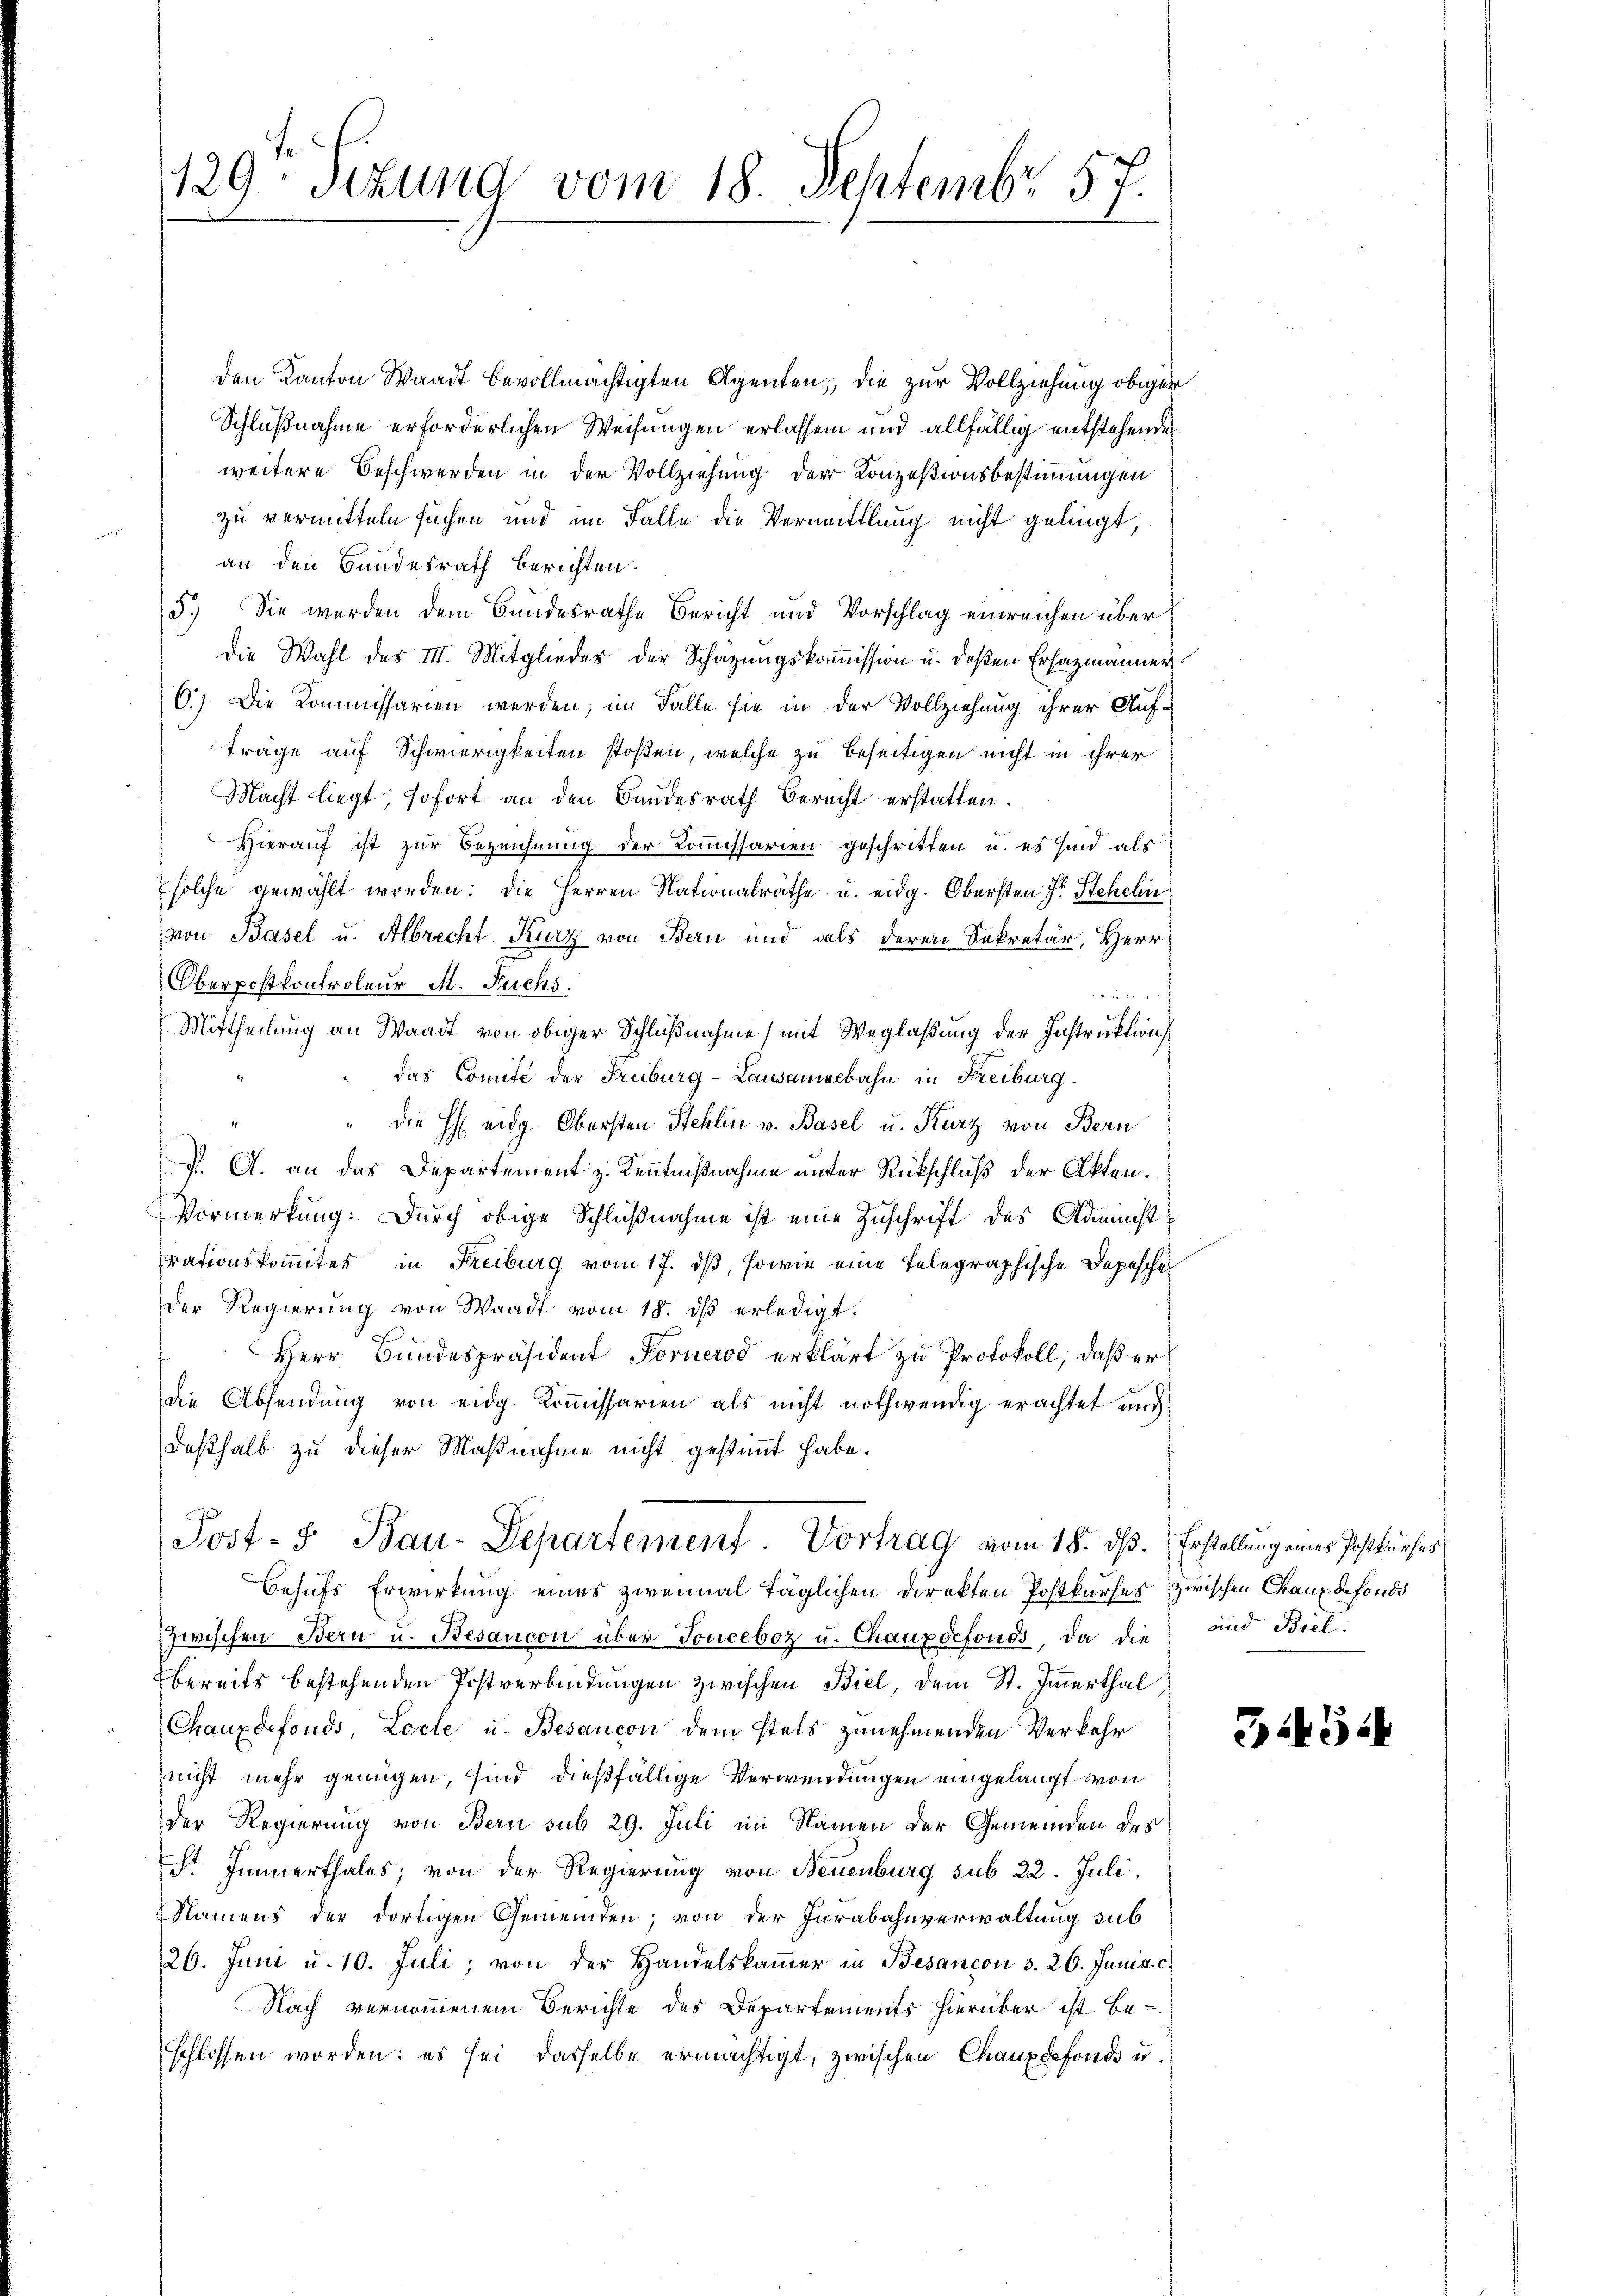
129. Sekund vom 18. Septembr. 57.

den Kanton Waadt bevollmächtigten Agenten, die zur Vollziehung obiger
Schlußnahme erforderlichen Weisungen erlassen und allfällig entstehenden
weitere Beschwerden in der Vollziehung der Konzesionsbestimmungen
zu vermitteln suchen und im Falle die Vermittlung nicht gelingt,
an den Bundesrath berichten.
5.) Sie werden dem Bundesrathe Bericht und Vorschlag einreichen über
Die Wahl des III. Mitgliedes der Schazungskommission u. deßen Erhazmänner
6.) Die Kommissarien werden, im Falle sie in der Vollziehung ihrer Aufträge auf Schwierigkeiten stoßen, welche zu beseitigen nicht in ihrer
Macht liegt, sofort an den Bundesrath Berecht erstatten.
Hierauf ist zur Bezeichnung der Kommissarien geschritten u. es sind als
solche gewählt worden: die Herren Nationalräthe u. eidg. Obersten J. Stehelin
von Basel u. Albrecht Kurz von Bern und als deren Sekretär, Herr
Oberpostkontroleur M. Fuchs.

Mittheilung an Waadt von obiger Schlußnahme (mit Weglaßung der Instruktion
das Comite der Truburg-Lausaneebahn in Freiburg.
die HE eidg. Obersten Stehlin v. Basel u. Kurz von Bern
J. A. an das Departement z. Kenntnißnahme unter Rückschluß der Akten.
Vormerkung. Durch obige Schlußnahme ist eine Zuschrift des Administ
rationskomites in Freiburg vom 17. ds, sowie eine telegraphische Depesche
Der Regierung von Waadt vom 18. dβ erledigt.
Herr Bundespräsident Fornerod erklärt zu Protokoll, daß er
die Absendung von eidg. Kommissarien als nicht nothwendig erachtet und
deßhalb zu dieser Maßnahme nicht gestimmt habe.
Post- & Bau-Departement. Vortrag vom 18. ds. Erstellung eines Jostbriefer
Behufs Erwirkung eines zweimal täglichen Direkten Postkurses zwischen Chaux defonds
zwischen Bern u. Besancon über Tonceboz u. Chauxdefonds, da die
bereits bestehenden Postverbindungen zwischen Biel, dem St. Immerthal,
Chauxdefonds, Locte u. Besaucon dem stets zunehmenden Verkehr
nicht mehr genügen, sind dießfällige Verwendungen eingelangt von
Der Regierung von Bern sub 29. Juli im Namen der Gemeinden des
Sr Immerthales, von der Regierung von Neuenburg sub 22. Juli,
Namens der dortigen Gemeinden; von der Jurabahnverwaltung sub
26. Juni u. 10. Juli, von der Handelskammer in Besancon 3. 26. Junia c.
Nach vernommenem Berichte des Departements hierüber ist be-
schlossen worden: es sei dasselbe ermächtigt, zwischen Chauxdefonds u.

und Biel

35